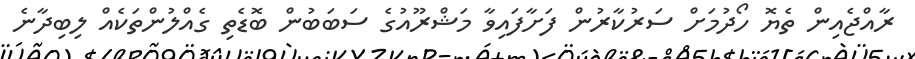
ރާއްޖެއިން ތެޔޮ ހޯދުމަށް ސަރުކާރުން ފަށާފައިވާ މަޝްރޫއުގެ ސަބަބުން ބޮޑެތި ގެއްލުންތަކެއް ލިބިދާނެ